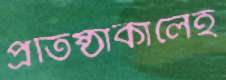
প্রতিষ্ঠাকালেই